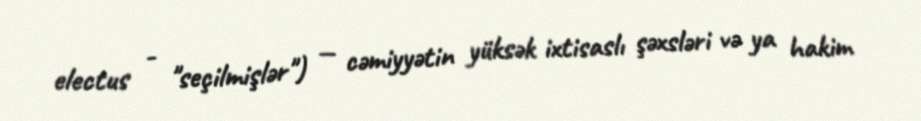
electus - "seçilmişlər") — cəmiyyətin yüksək ixtisaslı şəxsləri və ya hakim